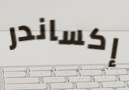
إكساندر